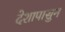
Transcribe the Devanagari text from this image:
देशापासुन